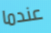
عندما